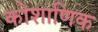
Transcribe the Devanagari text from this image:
कोशाणिक